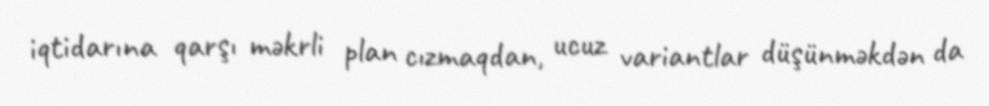
iqtidarına qarşı məkrli plan cızmaqdan, ucuz variantlar düşünməkdən da